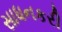
સાધનકરી